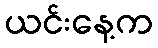
ယင်းနေ့က